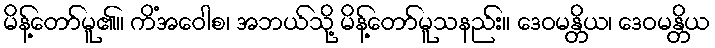
မိန့်တော်မူ၏။ ကိံအဝေါစ၊ အဘယ်သို့ မိန့်တော်မူသနည်း။ ဒေဝမန္တိယ၊ ဒေဝမန္တိယ